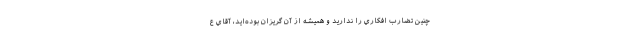
چنين تضارب افكاري را نداريد و هميشه از آن گريزان بوده‌ايد، آقاي ع